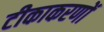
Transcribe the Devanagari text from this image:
टीकाकरणों